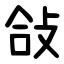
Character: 敆